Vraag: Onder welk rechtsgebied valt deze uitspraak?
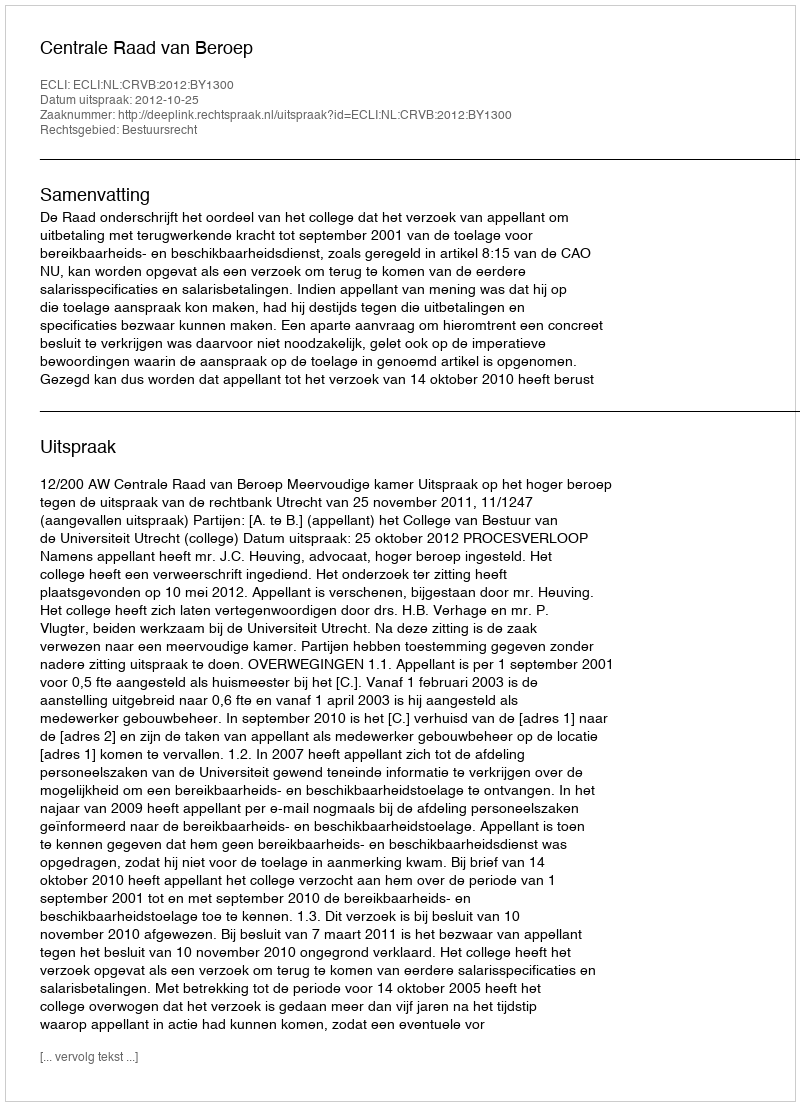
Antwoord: Bestuursrecht